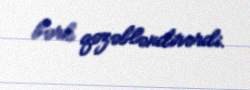
bərk qəzəbləndirərdi.